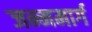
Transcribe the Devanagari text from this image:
जन्ममार्ग